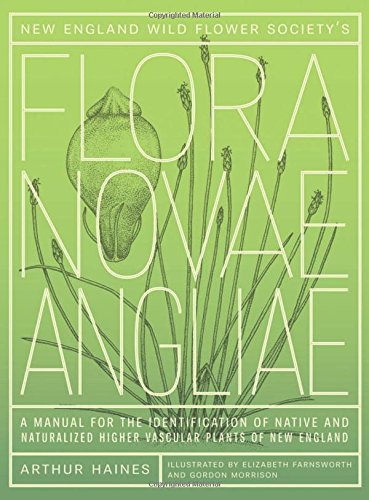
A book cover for New England Wild Flower Society's Flora Novae Angliae: A Manual for the Identification of Native and Naturalized Higher Vascular Plants of New England; Arthur Haines; Science & Math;